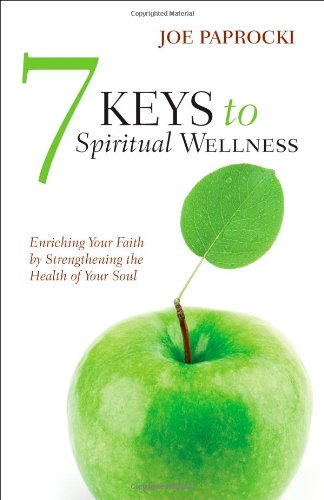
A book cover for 7 Keys to Spiritual Wellness: Enriching Your Faith by Strengthening the Health of Your Soul; Joe Paprocki DMin; Christian Books & Bibles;